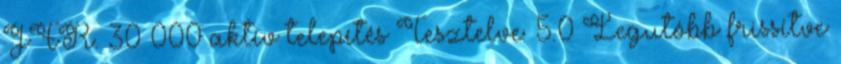
JFR. 30 000 aktív telepítés Tesztelve: 5.0 Legutóbb frissítve